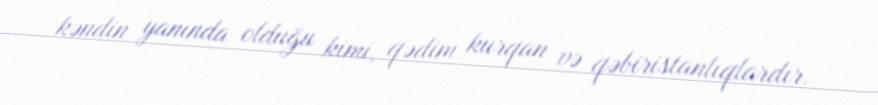
kəndin yanında olduğu kimi, qədim kurqan və qəbiristanlıqlardır.